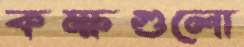
কক্ষগুলো